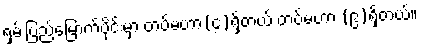
ရှမ်းပြည်မြောက်ပိုင်းမှာ တပ်မဟာ(၄)ရှိတယ် တပ်မဟာ (၉)ရှိတယ်။